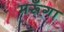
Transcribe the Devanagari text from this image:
मरूँगा